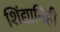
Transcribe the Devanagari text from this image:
शिंद्यानिही